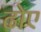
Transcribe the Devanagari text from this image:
ढोए